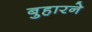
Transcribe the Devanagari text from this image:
बुहारने